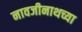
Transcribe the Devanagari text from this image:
नावजीनाथच्या